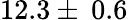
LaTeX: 12.3\pm\: 0.6